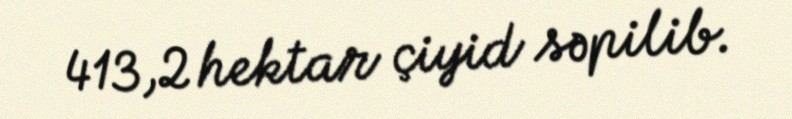
413,2 hektar çiyid səpilib.